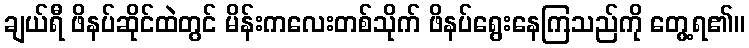
ချယ်ရီ ဖိနပ်ဆိုင်ထဲတွင် မိန်းကလေးတစ်သိုက် ဖိနပ်ရွေးနေကြသည်ကို တွေ့ရ၏။